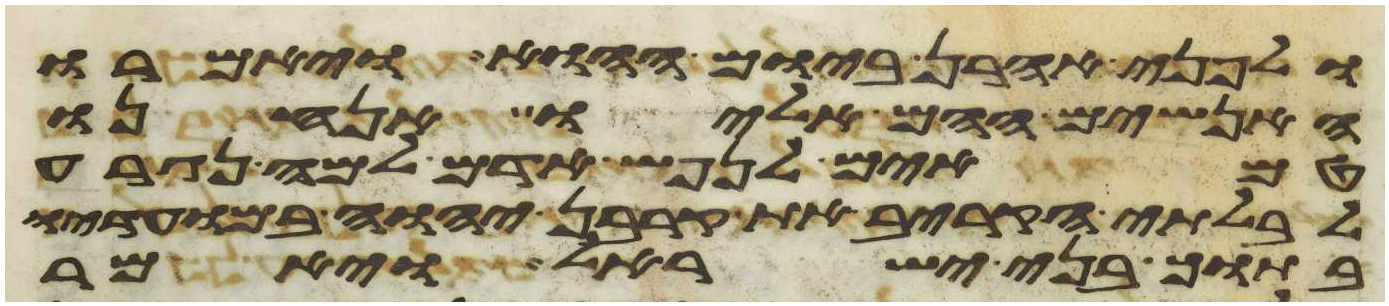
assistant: ולפני אהרן ביום ההוא ויאמרו
האנשים ההם אליו אנחנו
טמאים לנפש אדם למה נגרע
לבלתי הקריב את קרבן יהוה במועדיו
בתוך בני ישראל ויאמר